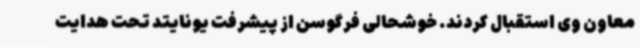
معاون وی استقبال کردند. خوشحالی فرگوسن از پیشرفت یونایتد تحت هدایت